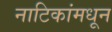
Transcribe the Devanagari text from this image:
नाटिकांमधून